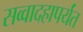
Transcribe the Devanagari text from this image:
सव्वादहापर्यंत